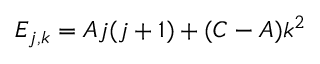
E _ { j , k } = A j ( j + 1 ) + ( C - A ) k ^ { 2 }